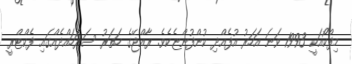
މިފްކޯއަކީ 1993 ވަނަ އަހަރު އުފެއްދި ކުންފުންޏެކެވެ. ރާއްޖޭގެ ހަތަރު ސަރަހައްދެއްގައި ފެކްޓްރީ